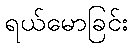
ရယ်မောခြင်း